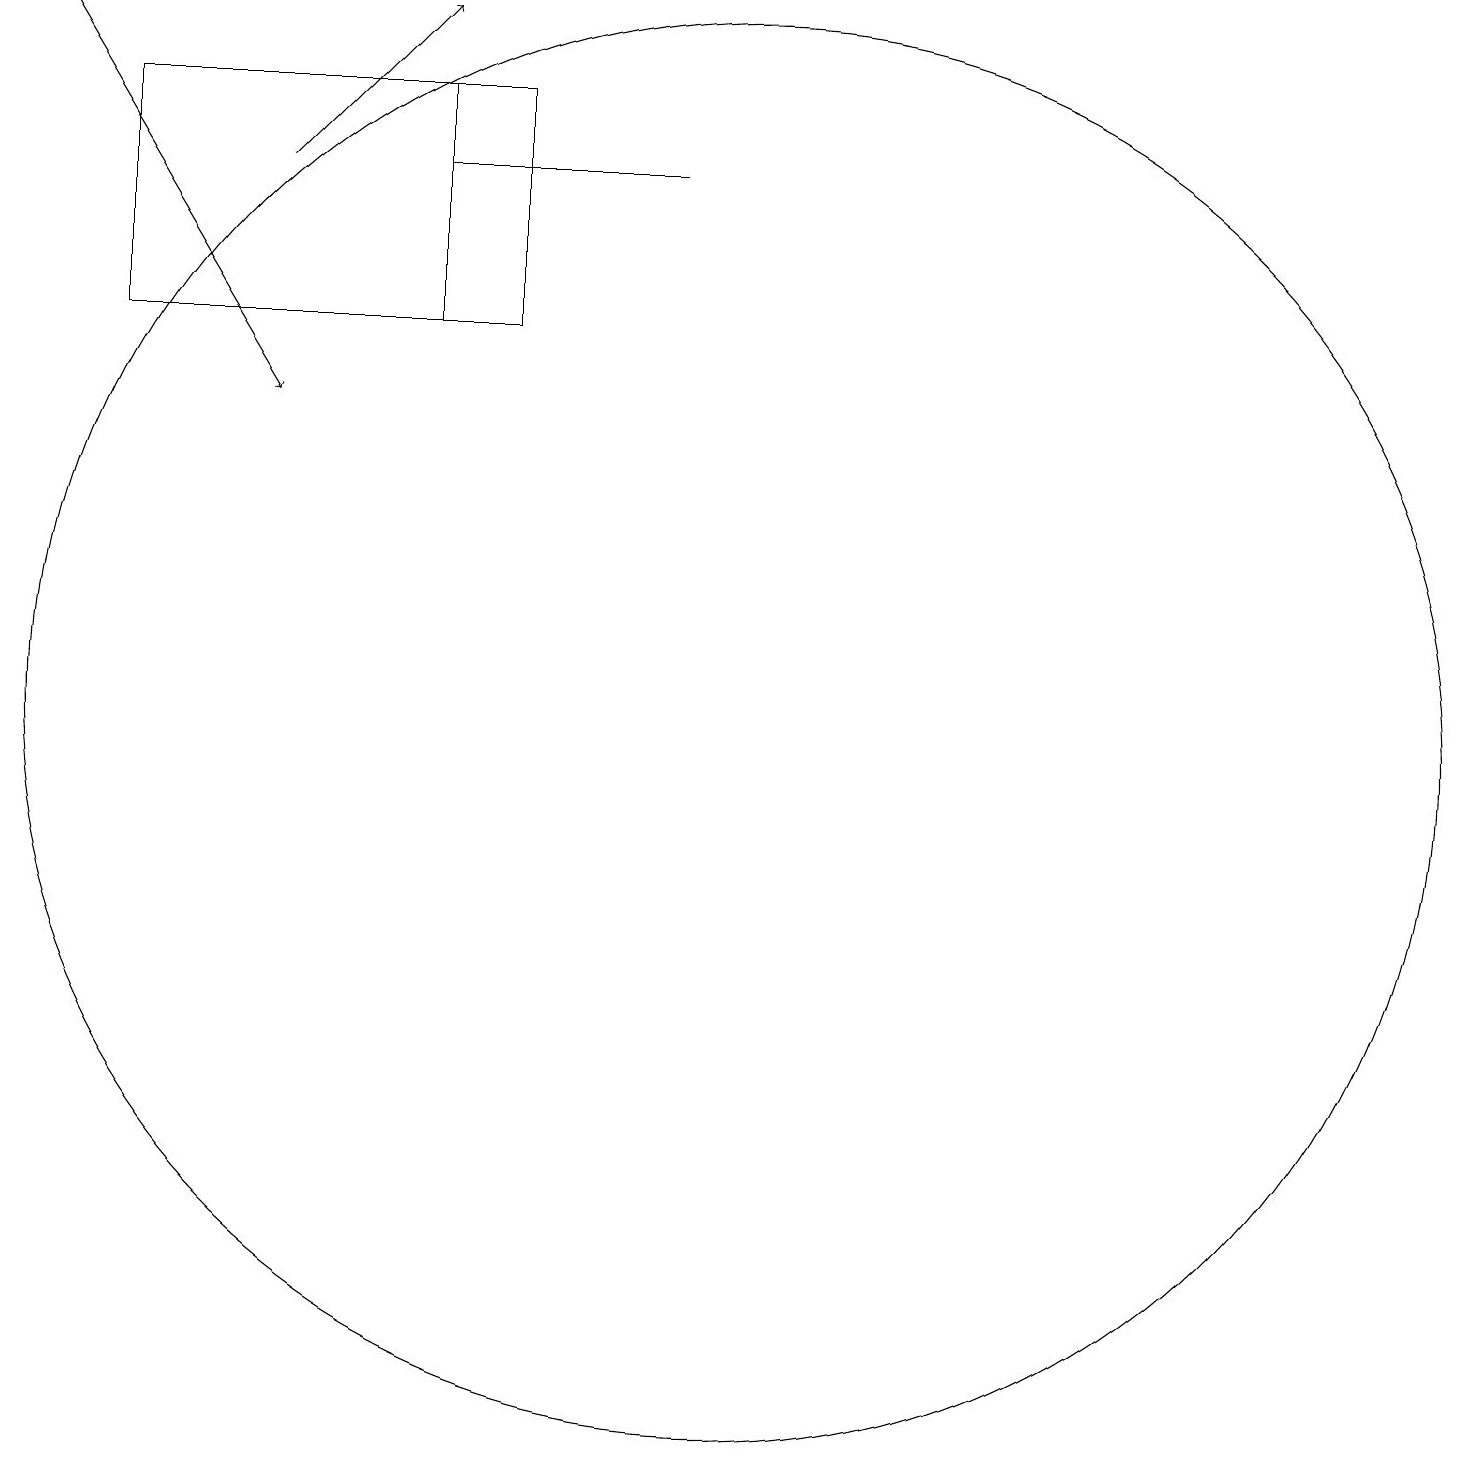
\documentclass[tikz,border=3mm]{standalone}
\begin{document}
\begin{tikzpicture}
\draw[->] (4,17) -- (6,19);
\draw (10,10) circle (9);
\draw (6,15) rectangle (2,18);
\draw (7,18) rectangle (2,15);
\draw (7,17) rectangle (9,17);
\draw[->] (1,19) -- (4,14);
\draw (6,17) rectangle (7,17);
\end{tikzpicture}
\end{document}